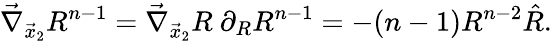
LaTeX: \vec{\nabla}_{\vec{x}_{2}}R^{n-1}=\vec{\nabla}_{\vec{x}_{2}}R~\partial_{R}R^{n-1}=-(n-1)R^{n-2}\hat{R}.